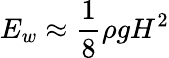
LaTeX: E_{w}\approx{\frac{1}{8}}\rho gH^{2}